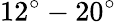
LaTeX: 12^{\circ}-20^{\circ}